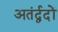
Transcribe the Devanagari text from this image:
अतंर्द्वदों